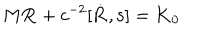
LaTeX: M { \bf R } + c ^ { - 2 } [ { \bf \dot { R } } , { \bf s } ] = { \bf K } _ { 0 }